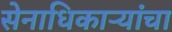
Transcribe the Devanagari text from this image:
सेनाधिकाऱ्यांचा